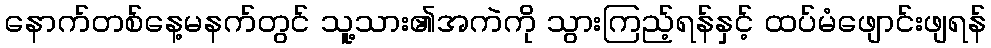
နောက်တစ်နေ့မနက်တွင် သူ့သား၏အကဲကို သွားကြည့်ရန်နှင့် ထပ်မံဖျောင်းဖျရန်